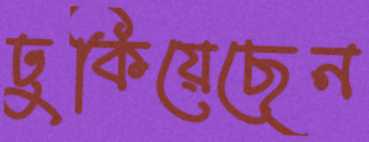
ঢুকিয়েছেন